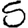
Digit: 5